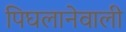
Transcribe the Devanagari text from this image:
पिघलानेवाली